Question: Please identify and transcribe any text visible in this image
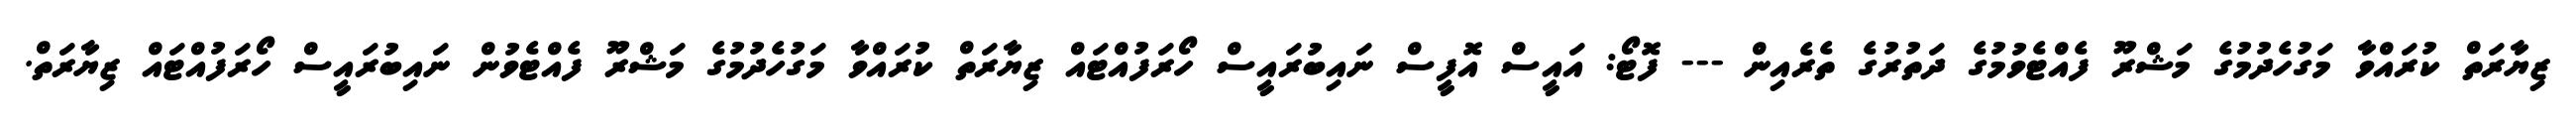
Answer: ޒިޔާރަތް ކުރައްވާ މަގުހެދުމުގެ މަޝްރޫ ފެއްޓެވުމުގެ ދަތުރުގެ ތެރެއިން --- ފޮޓޯ: އައީސް އޮފީސް ނައިބުރައީސް ހޯރަފުއްޓައް ޒިޔާރަތް ކުރައްވާ މަގުހެދުމުގެ މަޝްރޫ ފެއްޓެވުން ނައިބުރައީސް ހޯރަފުއްޓައް ޒިޔާރަތް.